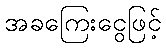
အခကြေးငွေဖြင့်